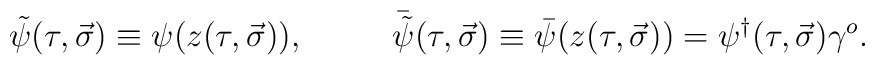
\tilde \psi (\tau, \vec{\sigma})   \equiv \psi (z(\tau, \vec{\sigma})),~~~~~~~~{\bar {\tilde \psi}} (\tau, \vec{\sigma})\equiv \bar{\psi} (z(\tau, \vec{\sigma}))=\psi^{\dagger}(\tau ,\vec \sigma )\gamma^o.